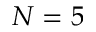
N = 5